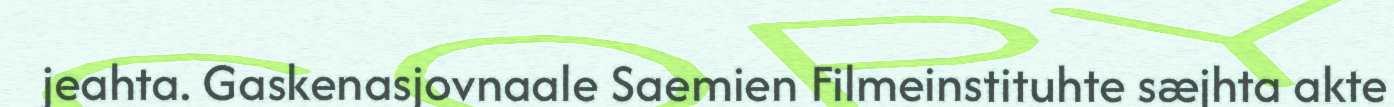
jeahta. Gaskenasjovnaale Saemien Filmeinstituhte sæjhta akte